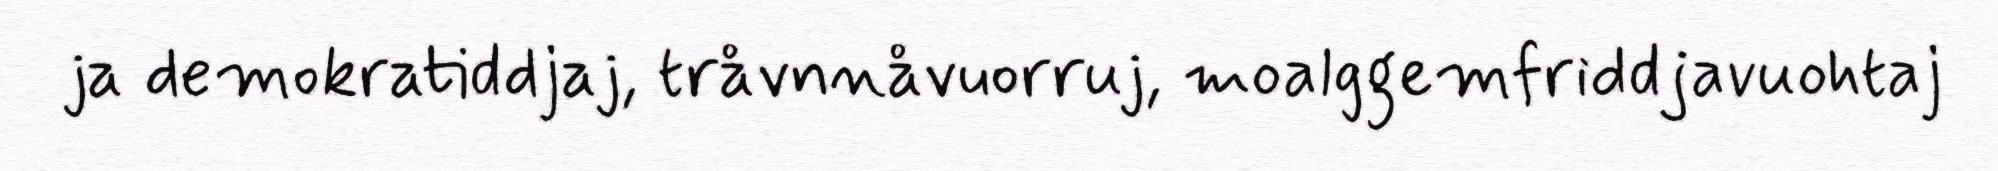
ja demokratiddjaj, tråvnnåvuorruj, moalggemfriddjavuohtaj